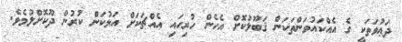
ދަޢުވަތަކީ ގެ އެއްކައުވަންތަކަން ޤަބޫލުކޮށް އެހެން ހުރިހައި އެއްޗަކަށް އަޅުކަން ކުރުން ދޫކޮށްލުމެވެ.